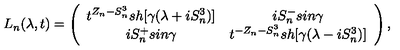
L _ { n } ( \lambda , t ) = \left( \begin{array} { c c } { t ^ { Z _ { n } - S _ { n } ^ { 3 } } s h [ \gamma ( \lambda + i S _ { n } ^ { 3 } ) ] } & { i S _ { n } ^ { - } s i n \gamma } \\ { i S _ { n } ^ { + } s i n \gamma } & { t ^ { - Z _ { n } - S _ { n } ^ { 3 } } s h [ \gamma ( \lambda - i S _ { n } ^ { 3 } ) ] } \\ \end{array} \right) ,